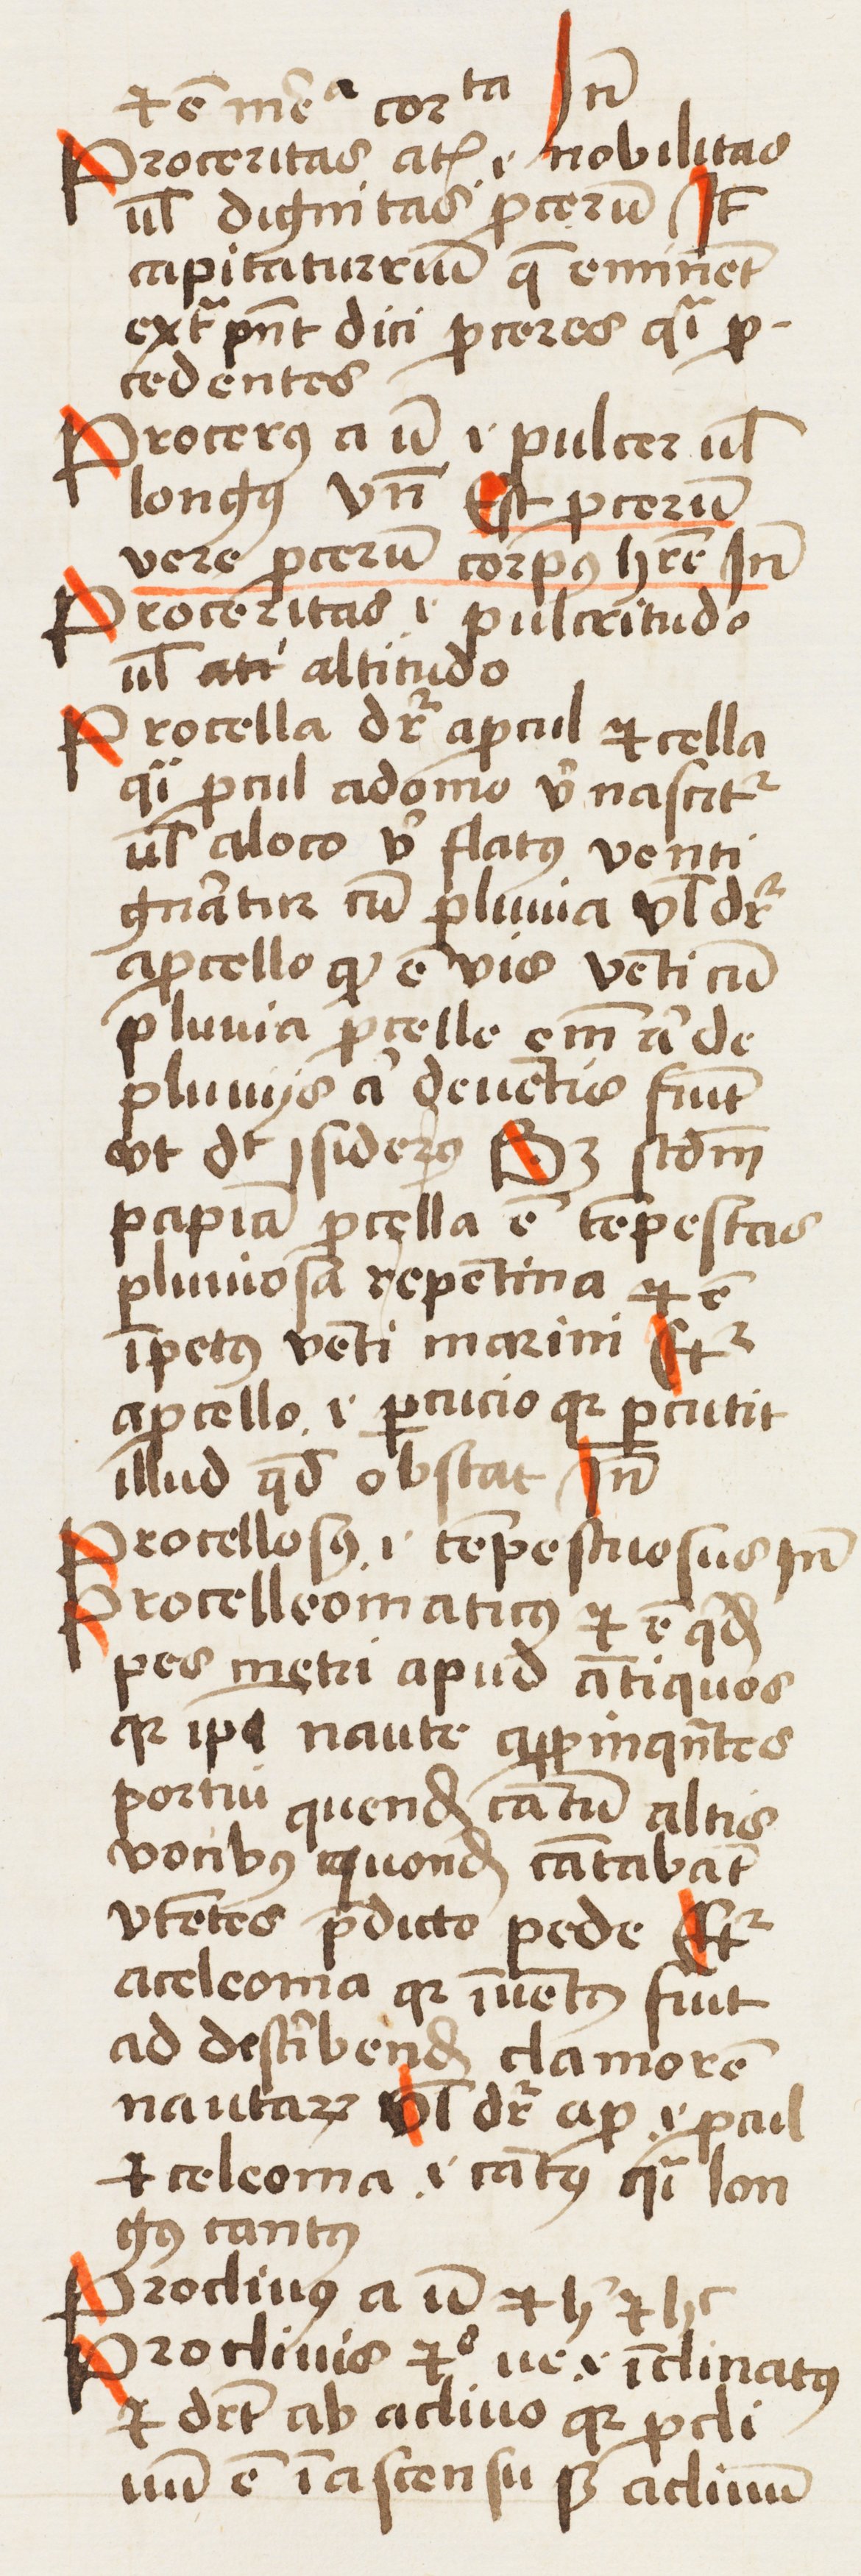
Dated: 1452–1452